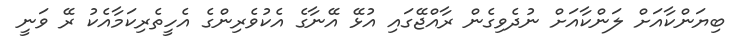
ބިޔަންކާއަށް ލަންކާއަށް ނުދެވިގެން ރާއްޖޭގައި އުޅޭ އޭނާގެ އެކުވެރިންގެ އެހީތެރިކަމާއެކު ރޭ ވަނީ